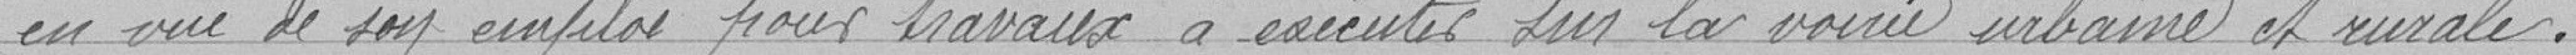
en vue de son emploi pour travaux à exécuter sur la voirie urbaine et rurale.